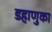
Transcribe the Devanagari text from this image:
डहाणुका